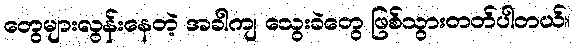
တွေများလွန်းနေတဲ့ အခါကျ သွေးခဲတွေ ဖြစ်သွားတတ်ပါတယ်။